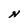
Character: N